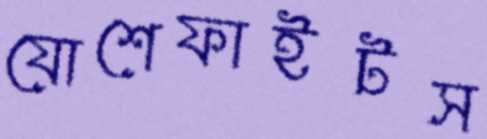
যোশেফাইটস